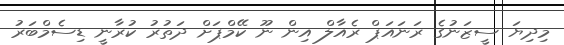
މިދިޔަ ސީޒަނުގެ ރަނައަޕް ރެއާލް އިން ނޫ ކޭމްޕަށް ދަތުރު ކުރާނީ ޑިސެމްބަރު